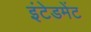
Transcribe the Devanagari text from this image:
इंटेडमेंट